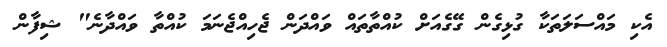
އެކި މައްސަލަތަކާ ގުޅިގެން ގޭގެއަށް ކުއްތާތައް ވައްދަން ޖެހިއްޖެނަމަ ކުއްތާ ވައްދާނެ" ޝިފާން